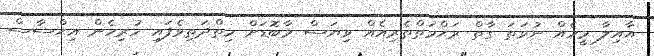
އާއިލާ މީހެއް ނުވަތަ ގާތް ރަޙްމަތްތެރިއެއް ވިޔަސް މާބޮޑަށް ހިތްދަތިވެފައި ހުރިހެން އިޙްސާސް